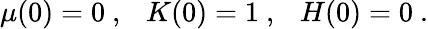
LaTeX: \mu(0)=0\ ,\ \ \ K(0)=1\ ,\ \ \ H(0)=0\ .